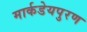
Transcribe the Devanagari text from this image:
मार्कडेयपुरण